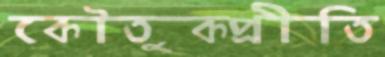
কৌতুকপ্রীতি